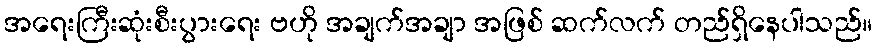
အရေးကြီးဆုံးစီးပွားရေး ဗဟို အချက်အချာ အဖြစ် ဆက်လက် တည်ရှိနေပါသည်။